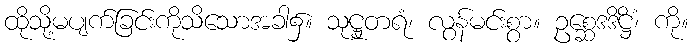
ထိုသို့မပျက်ခြင်းကိုသိသောအခါ၌။ သုဋ္ဌုတရံ၊ လွန်မင်းစွာ။ ဥစ္ဆေဒဒိဋ္ဌိံ၊ ကို။